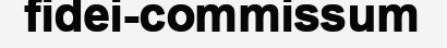
fidei-commissum